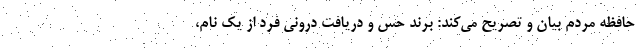
حافظه مردم بیان و تصریح می‌کند: برند حس و دریافت درونی فرد از یک نام،